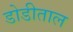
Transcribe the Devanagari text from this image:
डोडीताल